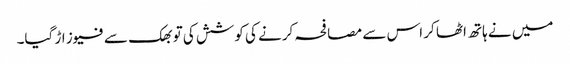
میں نے ہاتھ اٹھا کر اس سے مصافحہ کرنے کی کوشش کی تو بھک سے فیوز اڑ گیا۔